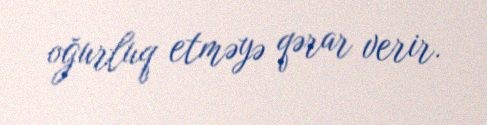
oğurluq etməyə qərar verir.